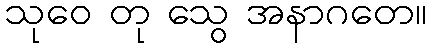
သုဝေ တု သွေ အနာဂတေ။